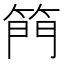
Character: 𮅘